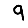
Digit: 9